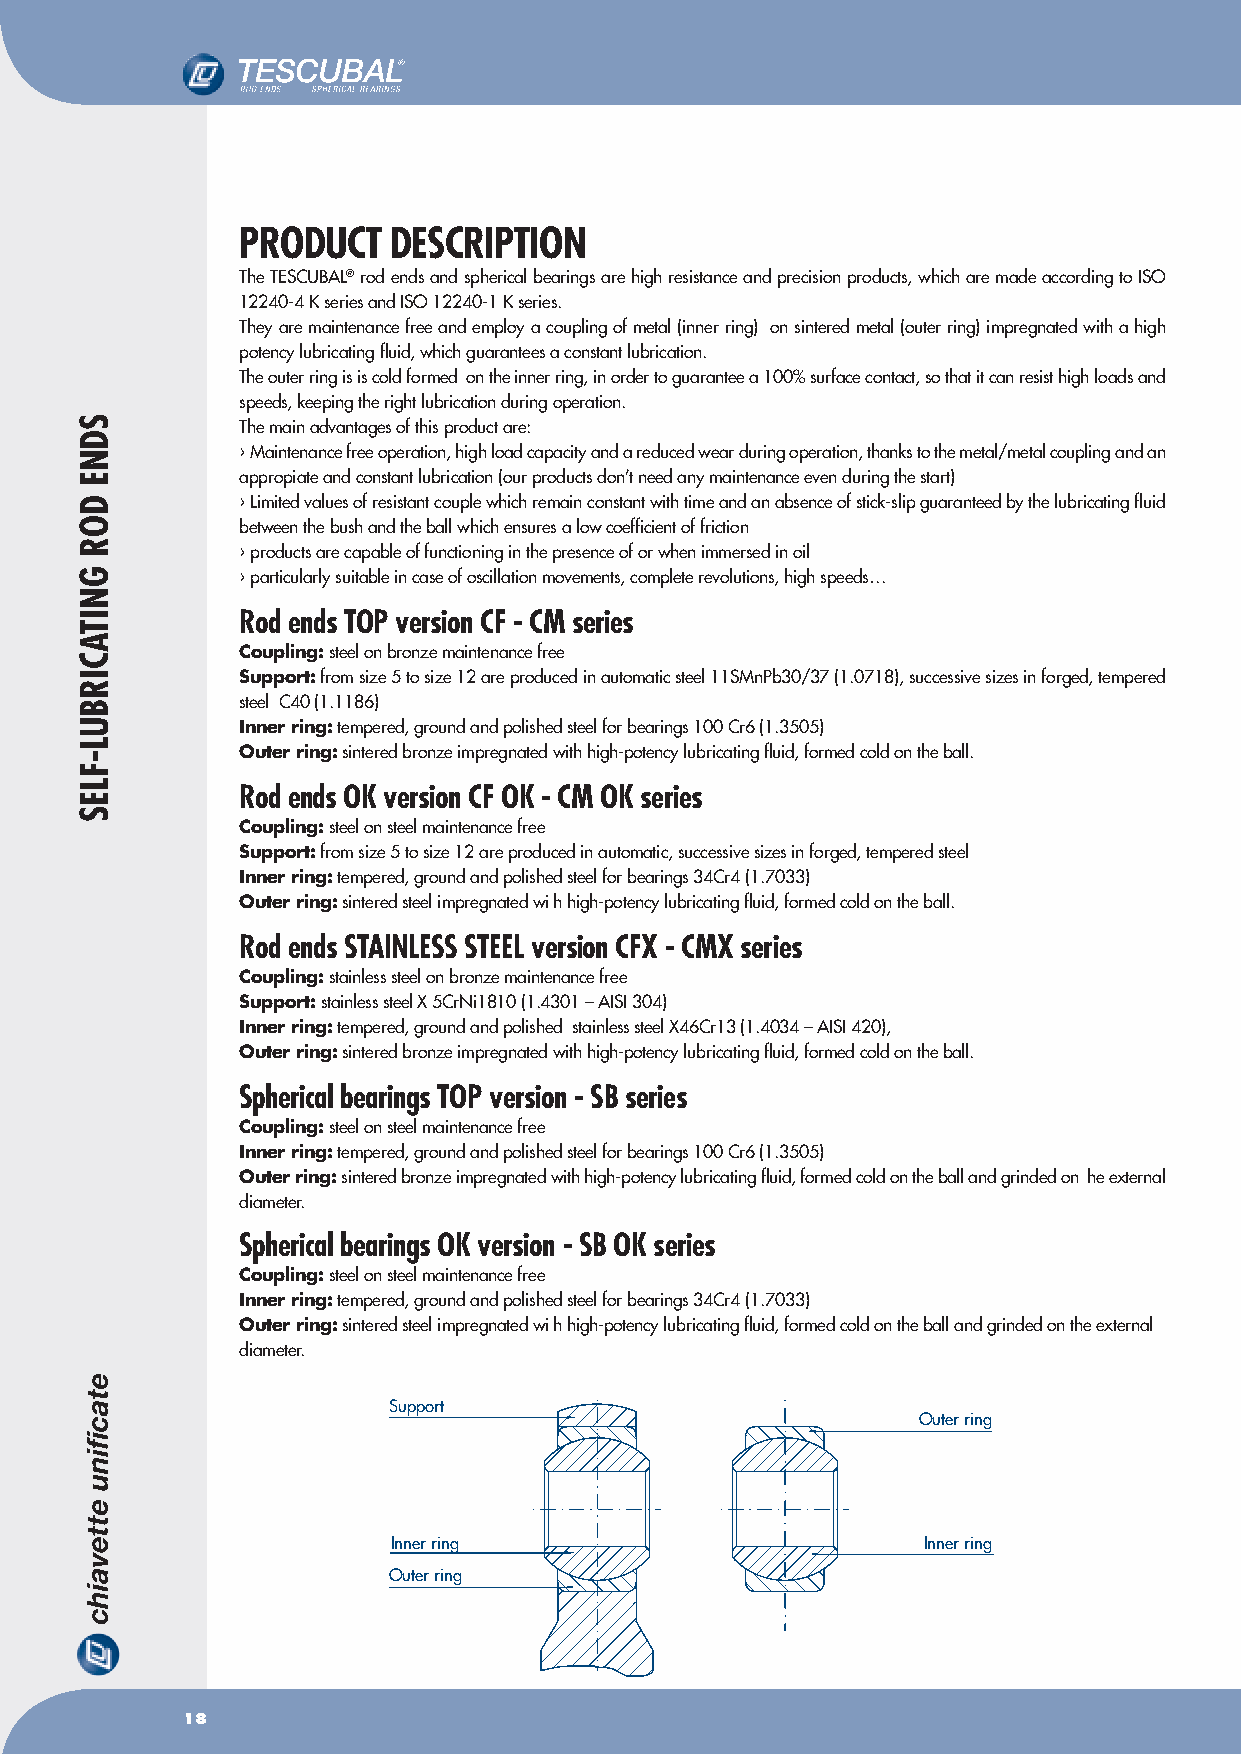
PRODUCT   DESCRIPTION
 The TESCUBAL® rod ends and spherical bearings are high resistance and precision products, which are made according to ISO
 12240-4 K series and ISO 12240-1 K series.
 They are maintenance free and employ a coupling of metal (inner ring) on sintered metal (outer ring) impregnated with a high
 potency lubricating fluid, which guarantees a constant lubrication.
 The outer ring is is cold formed on the inner ring, in order to guarantee a 100% surface contact, so that it can resist high loads and
 speeds, keeping the right lubrication during operation.
 The main advantages of this product are:
 › Maintenance free operation, high load capacity and a reduced wear during operation, thanks to the metal/metal coupling and an
 appropiate and constant lubrication (our products don’t need any maintenance even during the start)
 › Limited values of resistant couple which remain constant with time and an absence of stick-slip guaranteed by the lubricating fluid
 between the bush and the ball which ensures a low coefficient of friction
 › products are capable of functioning in the presence of or when immersed in oil
 › particularly suitable in case of oscillation movements, complete revolutions, high speeds…
 Rod ends TOP version CF - CM series
 Coupling: steel on bronze maintenance free
 Support: from size 5 to size 12 are produced in automatic steel 11SMnPb30/37 (1.0718), successive sizes in forged, tempered
 steel C40 (1.1186)
 Inner ring: tempered, ground and polished steel for bearings 100 Cr6 (1.3505)
 Outer ring: sintered bronze impregnated with high-potency lubricating fluid, formed cold on the ball.
 Rod ends OK version CF OK - CM OK series
 Coupling: steel on steel maintenance free
 Support: from size 5 to size 12 are produced in automatic, successive sizes in forged, tempered steel
 Inner ring: tempered, ground and polished steel for bearings 34Cr4 (1.7033)
 Outer ring: sintered steel impregnated wih high-potency lubricating fluid, formed cold on the ball.
 Rod ends STAINLESS STEEL version CFX - CMX series
 Coupling: stainless steel on bronze maintenance free
 Support: stainless steel X 5CrNi1810 (1.4301 – AISI 304)
 Inner ring: tempered, ground and polished stainless steel X46Cr13 (1.4034 – AISI 420),
 Outer ring: sintered bronze impregnated with high-potency lubricating fluid, formed cold on the ball.
 Spherical bearings TOP version - SB series
 Coupling: steel on steel maintenance free
 Inner ring: tempered, ground and polished steel for bearings 100 Cr6 (1.3505)
 Outer ring: sintered bronze impregnated with high-potency lubricating fluid, formed cold on the ball and grinded on he external
 diameter.
 Spherical bearings OK version - SB OK series
 Coupling: steel on steel maintenance free
 Inner ring: tempered, ground and polished steel for bearings 34Cr4 (1.7033)
 Outer ring: sintered steel impregnated wih high-potency lubricating fluid, formed cold on the ball and grinded on the external
 diameter.
 Support
 Outer ring
 Inner ring                         Inner ring
 Outer ring
 18
 SDNE
 DOR
 GNITACIRBUL-FLES